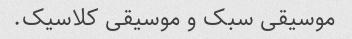
موسیقی سبک و موسیقی کلاسیک.